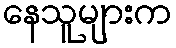
နေသူများက